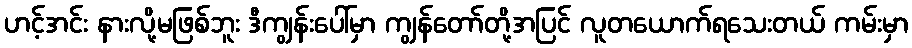
ဟင့်အင်း နားလို့မဖြစ်ဘူး ဒီကျွန်းပေါ်မှာ ကျွန်တော်တို့အပြင် လူတယောက်ရသေးတယ် ကမ်းမှာ